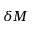
\delta M